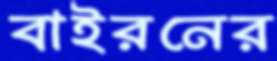
বাইরনের